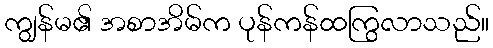
ကျွန်မ၏ အစာအိမ်က ပုန်ကန်ထကြွလာသည်။